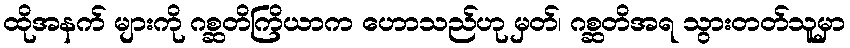
ထိုအနက် များကို ဂစ္ဆတိကြိယာက ဟောသည်ဟု မှတ်၊ ဂစ္ဆတိအရ သွားတတ်သူမှာ